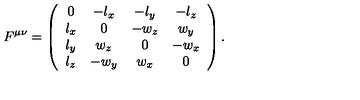
F ^ { \mu \nu } = \left( \begin{array} { c c c c } { 0 } & { - l _ { x } } & { - l _ { y } } & { - l _ { z } } \\ { l _ { x } } & { 0 } & { - w _ { z } } & { w _ { y } } \\ { l _ { y } } & { w _ { z } } & { 0 } & { - w _ { x } } \\ { l _ { z } } & { - w _ { y } } & { w _ { x } } & { 0 } \\ \end{array} \right) .